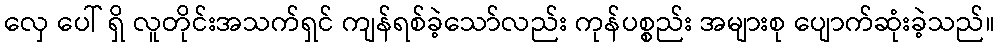
လှေ ပေါ် ရှိ လူတိုင်းအသက်ရှင် ကျန်ရစ်ခဲ့သော်လည်း ကုန်ပစ္စည်း အများစု ပျောက်ဆုံးခဲ့သည်။